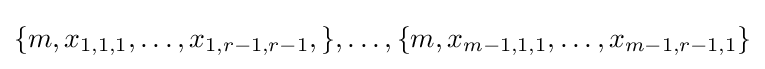
\{m,x_{1,1,1},\ldots ,x_{1,r-1,r-1},\},\ldots ,\{m,x_{m-1,1,1},\ldots ,x_{m-1,r-1,1}\}